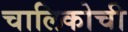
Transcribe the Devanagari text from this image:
चालिकोची